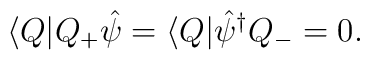
\langle Q|Q_{+}\hat{\psi }=\langle Q|\hat{\psi }^{\dagger }Q_{-}=0.